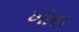
ખોસ